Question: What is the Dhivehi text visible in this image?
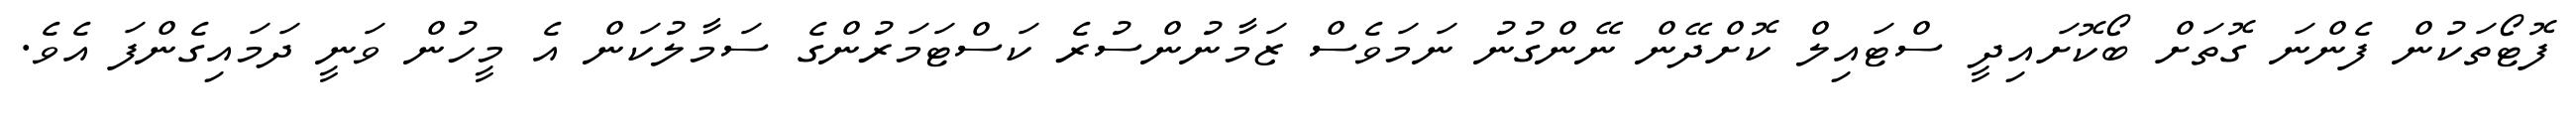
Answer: ފޮޓޯތަކުން ފެންނަ ގޮތަށް ބޯކޮށައިދީ ސްޓައިލް ކޮށްދޭން ނޭންގުނު ނަމަވެސް ޒަމާނުންސުރެ ކަސްޓަމަރުންގެ ސަމާލުކަން އެ މީހުން ވަނީ ދަމައިގެންފަ އެވެ.